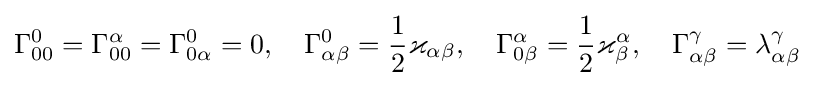
\Gamma _{00}^{0}=\Gamma _{00}^{\alpha }=\Gamma _{0\alpha }^{0}=0,\quad \Gamma _{\alpha \beta }^{0}={\frac {1}{2}}\varkappa _{\alpha \beta },\quad \Gamma _{0\beta }^{\alpha }={\frac {1}{2}}\varkappa _{\beta }^{\alpha },\quad \Gamma _{\alpha \beta }^{\gamma }=\lambda _{\alpha \beta }^{\gamma }